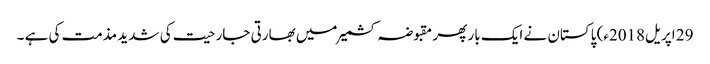
29 اپریل2018ء) پاکستان نے ایک بار پھر مقبوضہ کشمیر میں بھارتی جارحیت کی شدید مذمت کی ہے ۔